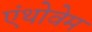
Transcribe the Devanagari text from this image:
एंथोवेम